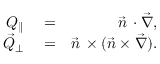
\begin{array} { r l r } { Q _ { \parallel } } & { { } = } & { \vec { n } \, \cdot \vec { \nabla } , } \\ { \vec { Q } _ { \perp } } & { { } = } & { \vec { n } \, \times ( \vec { n } \times \vec { \nabla } ) . } \end{array}